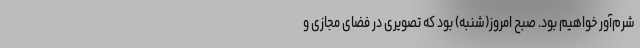
شرم‌آور خواهیم بود. صبح امروز(شنبه) بود که تصویری در فضای مجازی و